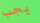
يجب